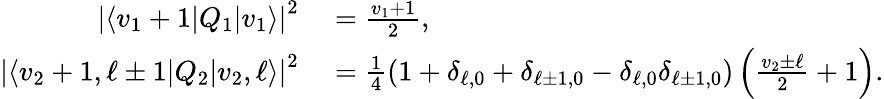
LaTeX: \begin{array}{rl}{\left\lvert\langle v_{1}+1|Q_{1}|v_{1}\rangle\right\lvert^{2}}&{{}=\frac{v_{1}+1}{2},}\\ {\left\lvert\langle v_{2}+1,\ell\pm 1|Q_{2}|v_{2},\ell\rangle\right\lvert^{2}}&{{}=\frac{1}{4}(1+\delta_{\ell,0}+\delta_{\ell\pm 1,0}-\delta_{\ell,0}\delta_{\ell\pm 1,0})\left(\frac{v_{2}\pm\ell}{2}+1\right).}\end{array}